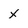
Character: x